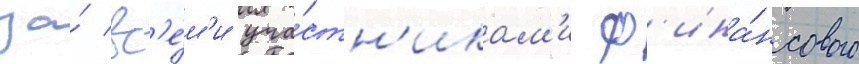
за́ вс'е́м'и уча́стн'икам'и ф'ина́нсового